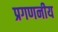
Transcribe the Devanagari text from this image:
प्रगणनीय